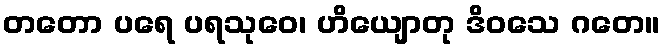
တတော ပရေ ပရသုဝေ၊ ဟိယျောတု ဒိဝသေ ဂတေ။